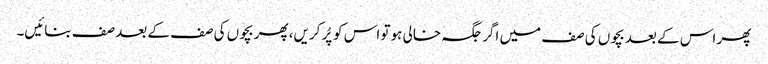
پھر اس کے بعد بچوں کی صف میں اگر جگہ خالی ہو تو اس کو پُر کریں، پھر بچوں کی صف کے بعد صف بنائیں۔